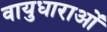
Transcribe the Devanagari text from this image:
वायुधाराओं